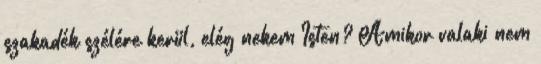
szakadék szélére kerül, elég nekem Isten? Amikor valaki nem